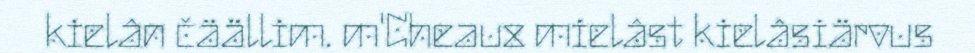
kielân čäällim. m'Cheaux mielâst kielâsiärvus